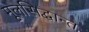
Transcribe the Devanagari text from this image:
मूलसिद्धान्त